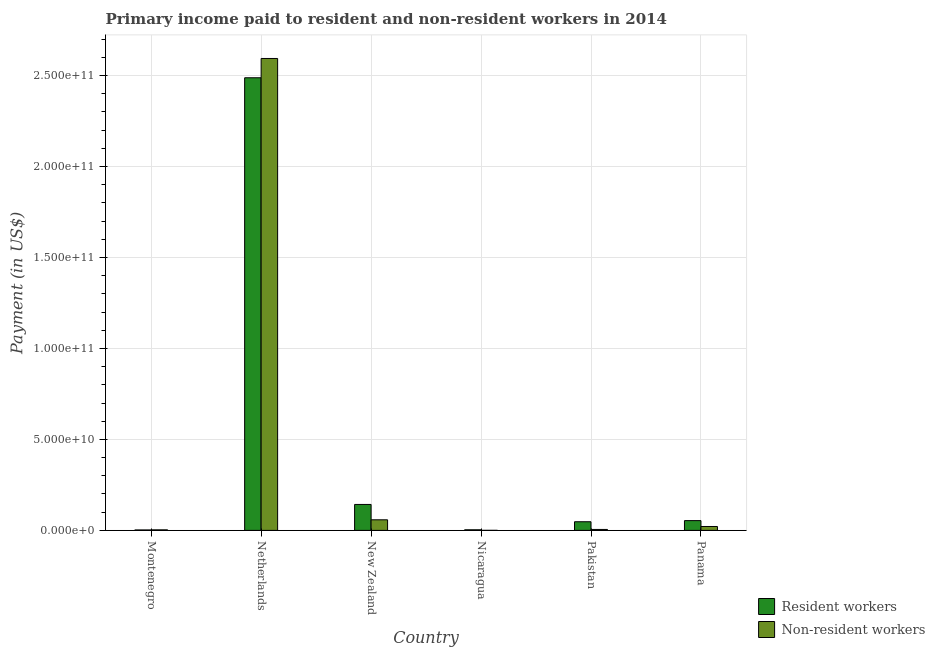
| Country | Resident workers | Non-resident workers |
 | --- | --- | --- |
 | Montenegro | 2.41e+08 | 3e+08 |
 | Netherlands | 2.49e+11 | 2.59e+11 |
 | New Zealand | 1.43e+10 | 5.82e+09 |
 | Nicaragua | 3.28e+08 | 2.01e+07 |
 | Pakistan | 4.75e+09 | 5.19e+08 |
 | Panama | 5.37e+09 | 2.14e+09 |